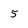
Character: 5